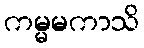
ကမ္မမကာသိ